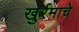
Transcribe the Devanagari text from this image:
खुर्रमाचे